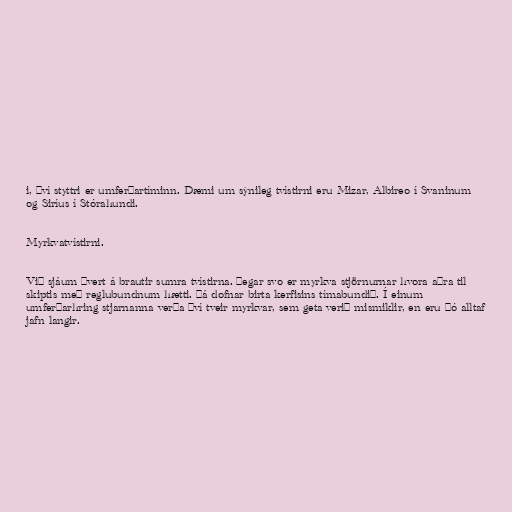
i, því styttri er umferðartíminn. Dæmi um sýnileg tvístirni eru Mizar, Albireo í Svaninum
og Siríus í Stórahundi.

Myrkvatvístirni.

Við sjáum þvert á brautir sumra tvístirna. Þegar svo er myrkva stjörnurnar hvora aðra til
skiptis með reglubundnum hætti. Þá dofnar birta kerfisins tímabundið. Í einum
umferðarhring stjarnanna verða því tveir myrkvar, sem geta verið mismiklir, en eru þó alltaf
jafn langir.